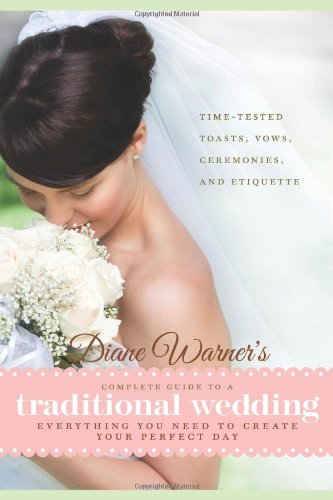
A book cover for Diane Warner's Complete Guide to a Traditional Wedding: Time-Tested Toasts, Vows, Ceremonies & Etiquette: Everything You Need to Create Your Perfect Day; Diane Warner; Crafts, Hobbies & Home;